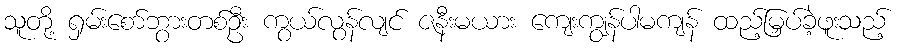
သူတို့ ရှမ်းစော်ဘွားတစ်ဦး ကွယ်လွန်လျင် ဇနီးမယား ကျေးကျွန်ပါမကျန် ထည့်မြှပ်ခဲ့ဖူးသည့်